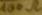
Text: 100Ω